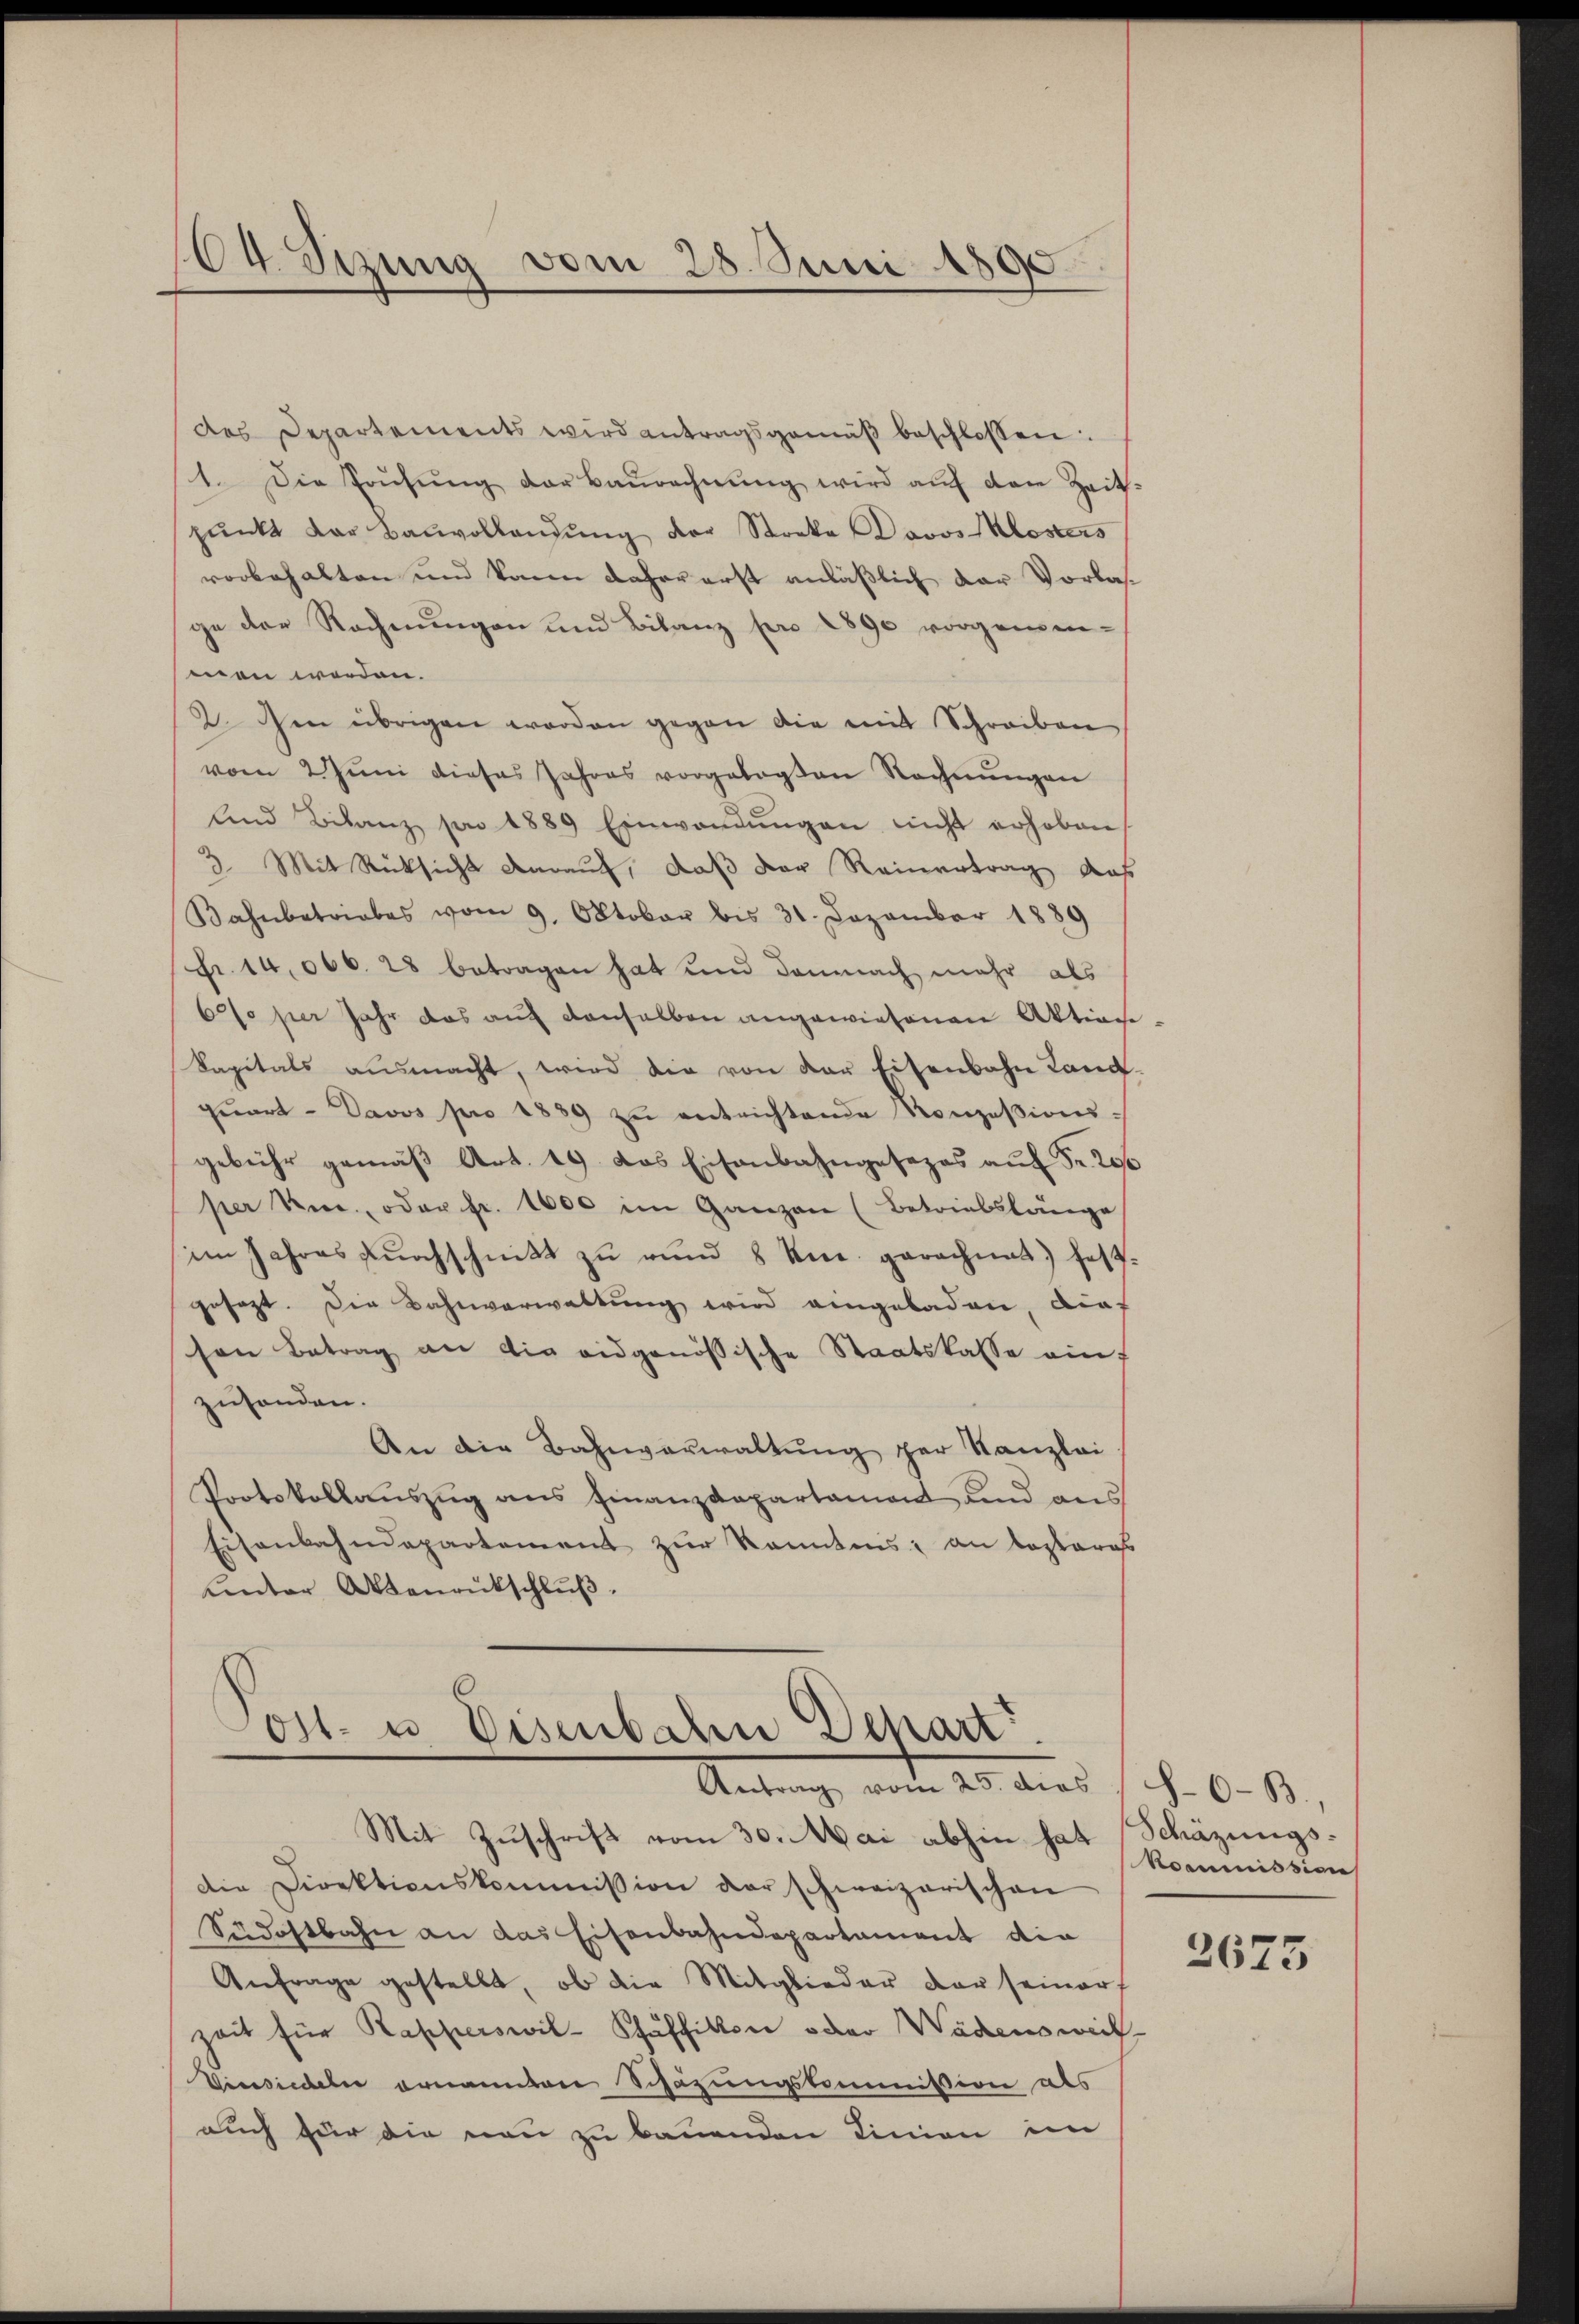
64. Sizung vom 28. Juni 1890

des Departements wird antragsgemäβ beschlossen:
1. Die Prüfŭng der Baŭrechnŭng wird aŭf den Zeit-
pŭnkt der Baŭvollandŭng der Stocka Dovos Klosters
vorbehalten und kann daher erst anläßlich der Vorlage der Rechnŭngen und Bilanz pro 1890 vorgemen-
men werden.
2. Den übrigen worden gegen die mit Schreiben
vom 2. Jŭni dieses Jahres vorgelegten Rechnŭngen
Und Bilanz son 1889 Einwandŭngen nicht erhoben
3 Mit Rücksicht darauf, daß der Reinertrag aus
Bahnbetriebes vom 9. Oktober bis 31. Dezember 1889
Fr. 14,066. 28 betragen hat und demnach mehr als
6% per Jahr das auf denselben angewiesenen Aktioni¬
Sapitals ausmacht, wird die von der Eisenbahn Land
qŭart. Davos pro 1889 zŭ entrichtende Konzesions-
gebühr gemäβ Art. 19. das Eisenbahngesezes aŭf Fr. 200
per Kic., oder pr. 1000 im Ganzen (Betriebslänge
im Jahres dŭrchschnitt zu vnnd 8 kn. gerechnet) fest-
gesezt. Die Bahnverwaltung wird eingeladen, dies
sen Betrag an die eidgenössische Staatskasse auf
zusonden.
An die Bahnverwaltŭng zur Kanzlei-
Protokollaŭszŭg ans Finanzdepartament und aus
Eisenbahndepartement zur konntens, an Lostrass
unter Aktenrückschluß.

s
ost- u. Eisenbahn Depart
Antrag vom 25. dies 16-B.,
Mit Zuschrift vom 30. Mai abhin hat Schäzungs¬

die Direktionskommission der schweizerischen
Südostbahn an das Eisenbahndepartament die
Anfrage gestellt, ob die Mitglieder der seiner
zeit für Kapperswil-Schäffikon oder Wädensweil
Vieesiedeler ernannten Schazungskommission als
auch für die neu zu bauenden Linien im

kommission

2675